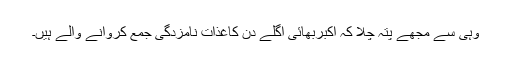
وہی سے مجھے پتہ چلا کہ اکبربھائی اگلے دن کاغذات نامزدگی جمع کروانے والے ہیں۔